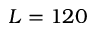
L = 1 2 0